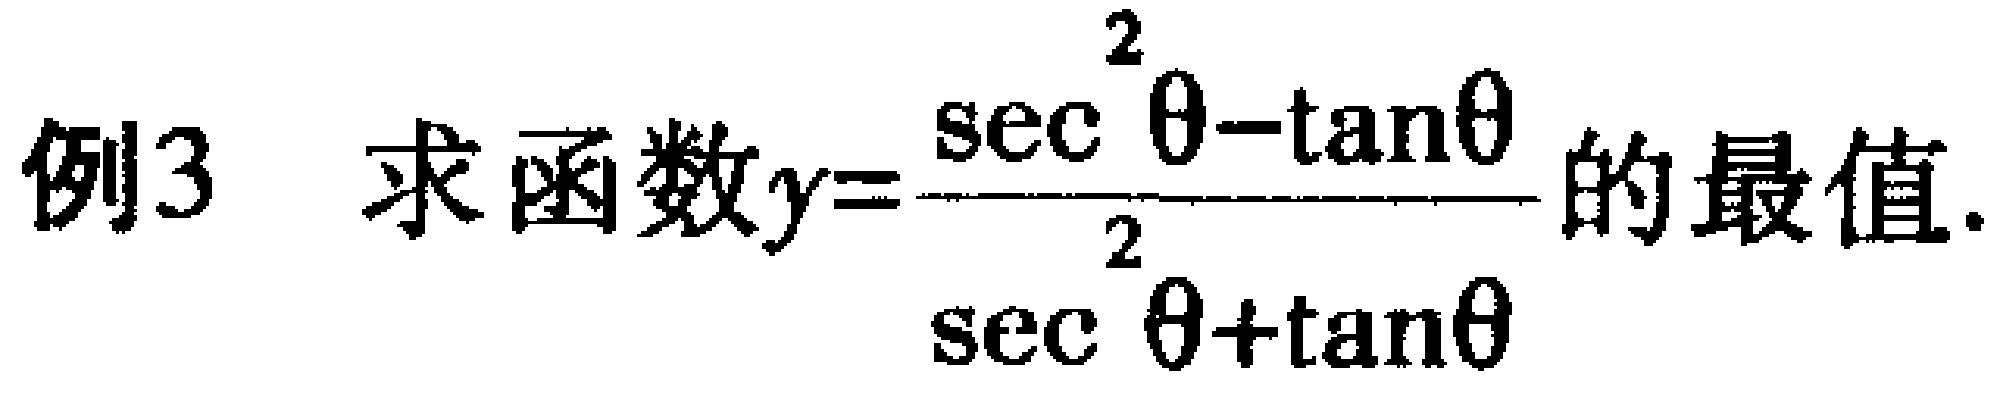
例3 求函数\(y = \frac{\sec^{2}\theta - \tan\theta}{\sec^{2}\theta + \tan\theta}\)的最值.